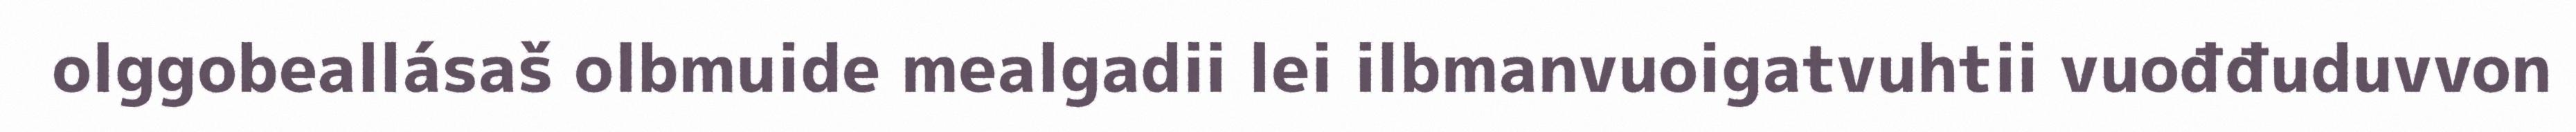
olggobeallásaš olbmuide mealgadii lei ilbmanvuoigatvuhtii vuođđuduvvon